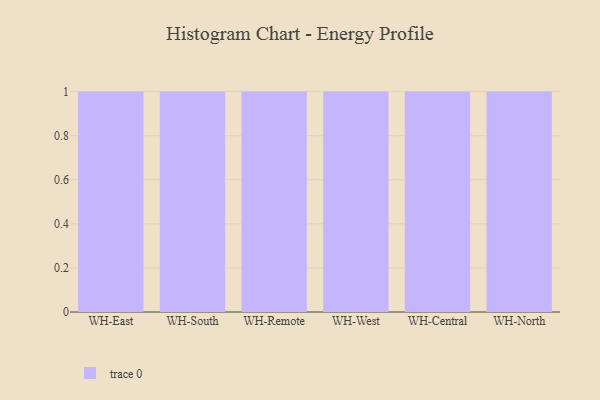
{"axis": {"x": "Warehouse", "y": "Waste Production (Tons)"}, "legend": [""], "data": [{"x": "WH-East", "y": 38, "type": ""}, {"x": "WH-South", "y": 36, "type": ""}, {"x": "WH-Remote", "y": 24, "type": ""}, {"x": "WH-West", "y": 8, "type": ""}, {"x": "WH-Central", "y": 6, "type": ""}, {"x": "WH-North", "y": 8, "type": ""}]}